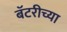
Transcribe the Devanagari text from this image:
बॅटरीच्या